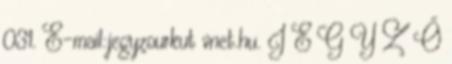
031. E-mail:jegyzourkut vnet.hu. J E G Y Z Ő